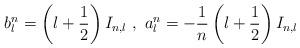
LaTeX: \begin{align*} b^n_l=\left(l+\frac{1}{2}\right)I_{n,l}~,~a^n_l=-\frac{1}{n}\left(l+\frac{1}{2}\right)I_{n,l}\end{align*}